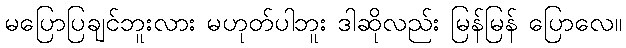
မပြောပြချင်ဘူးလား မဟုတ်ပါဘူး ဒါဆိုလည်း မြန်မြန် ပြောလေ။